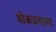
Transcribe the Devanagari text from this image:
मोकळ्यावर